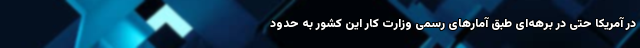
در آمریکا حتی در برهه‌ای طبق آمارهای رسمی وزارت کار این کشور به حدود